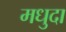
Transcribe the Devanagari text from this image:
मधुदा